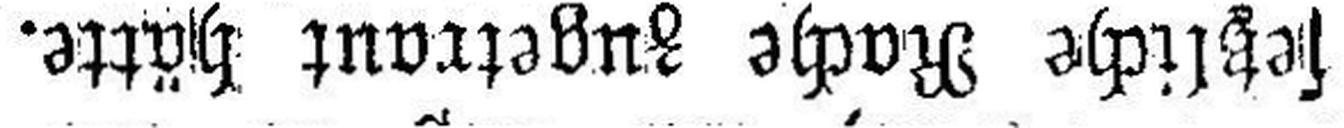
setzliche Rache zugetraut hätte.